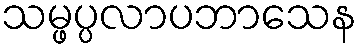
သမ္ဖပ္ပလာပဘာသေန